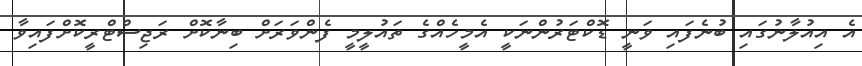
އެ އިއުލާނުގައި ބުނެފައި ވަނީ ޑޮކްޓަރުންނަކީ އެމީހެއްގެ ތައުލީމީ ފެންވަރަށް ބިނާކޮށް ރަޖިސްޓްރީކޮށްފައިވާ